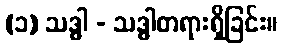
(၁) သဒ္ဓါ - သဒ္ဓါတရားရှိခြင်း။